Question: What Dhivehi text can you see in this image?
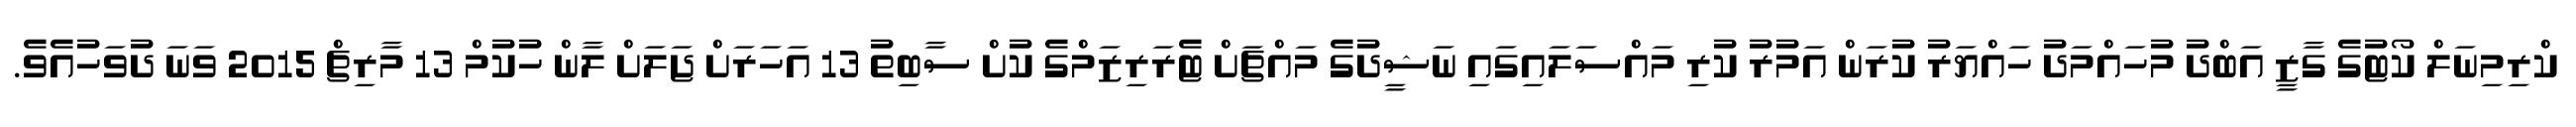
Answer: ކްރިމިނަލް ކޯޓުގެ ގާޒީ އަބްދު މުހައްމަދު ހައްޔަރު ކުރަން އަމުރު ކުރި މައްސަލައިގައި ނަޝީދުގެ މައްޗަށް ޓެރަރިޒަމްގެ ކުށް ސާބިތު 13 އަހަރަށް ޖަލަށް ލާން ހުކުމް 13 މާރިޗް 2015 ވަނަ ދުވަހުއެވެ.